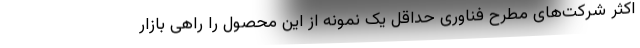
اکثر شرکت‌های مطرح فناوری حداقل یک نمونه از این محصول را راهی بازار